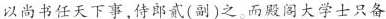
以尚书任天下事，侍郎贰(副)之。而殿阁大学士只备